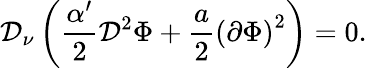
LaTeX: \mathcal{D}_{\nu}\left(\frac{{\alpha^{\prime}}}{{2}}\mathcal{D}^{2}\Phi+\frac{{a}}{{2}}\left(\partial\Phi\right)^{2}\right)=0.